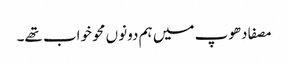
مصفا دھوپ میں ہم دونوں محو خواب تھے۔